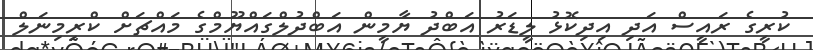
ކުރީގެ ރައީސް އަދި އިދިކޮޅު ލީޑަރު އަބްދު ޔާމީން އަބްދުލްގައްޔޫމްގެ މައްޗަށް ކްރިމިނަލް